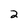
Character: 2